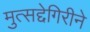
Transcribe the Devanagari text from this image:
मुत्सद्देगिरीने